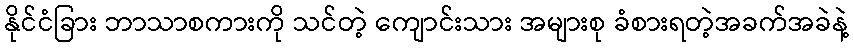
နိုင်ငံခြား ဘာသာစကားကို သင်တဲ့ ကျောင်းသား အများစု ခံစားရတဲ့အခက်အခဲနဲ့